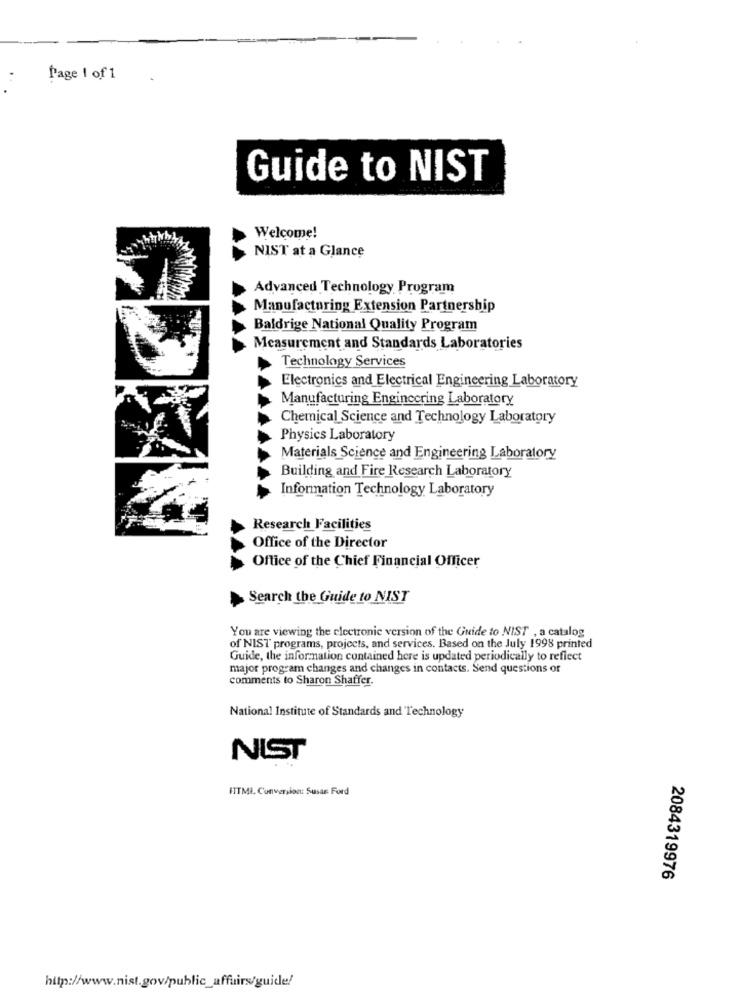
Page 1 of 1
Guide to NIST
Welcome!
NIST at a Glance
Advanced Technology Program
Manufacturing Extension Partnership
Baldrige National Quality Program
Measurement and Standards Laboratories
Technology Services
Electronics and Electrical Engineering Laboratory
Manufacturing Engineering Laboratory
Chemical Science and Technology Laboratory
Physics Laboratory
Materials Science and Engineering Laboratory
Building and Fire Research Laboratory
Information Technology Laboratory
Research Facilities
Office of the Director
Office of the Chief Financial Officer
Search the Guide to NIST
You are viewing the electronic version of the Guide to NIST , a catalog
of NIST programs, projects, and services. Based on the July 1998 printed
Guide, the information contained here is updated periodically to reflect
major program changes and changes in contacts. Send questions or
comments to Sharon Shaffer.
National Institute of Standards and Technology
NIST
ITTMI. Conversion: Susan: Ford
2084319976
http://www.nist.gov/public_affairs/guide!